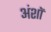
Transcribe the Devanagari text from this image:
अंशॉ